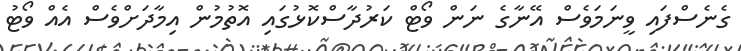
ގެނެސްފައި ވީނަމަވެސް އޭނާގެ ނަން ވޯޓް ކަރުދާސްކޮޅުގައި އޮތުމުން އިމާދަށްވެސް އެއް ވޯޓު